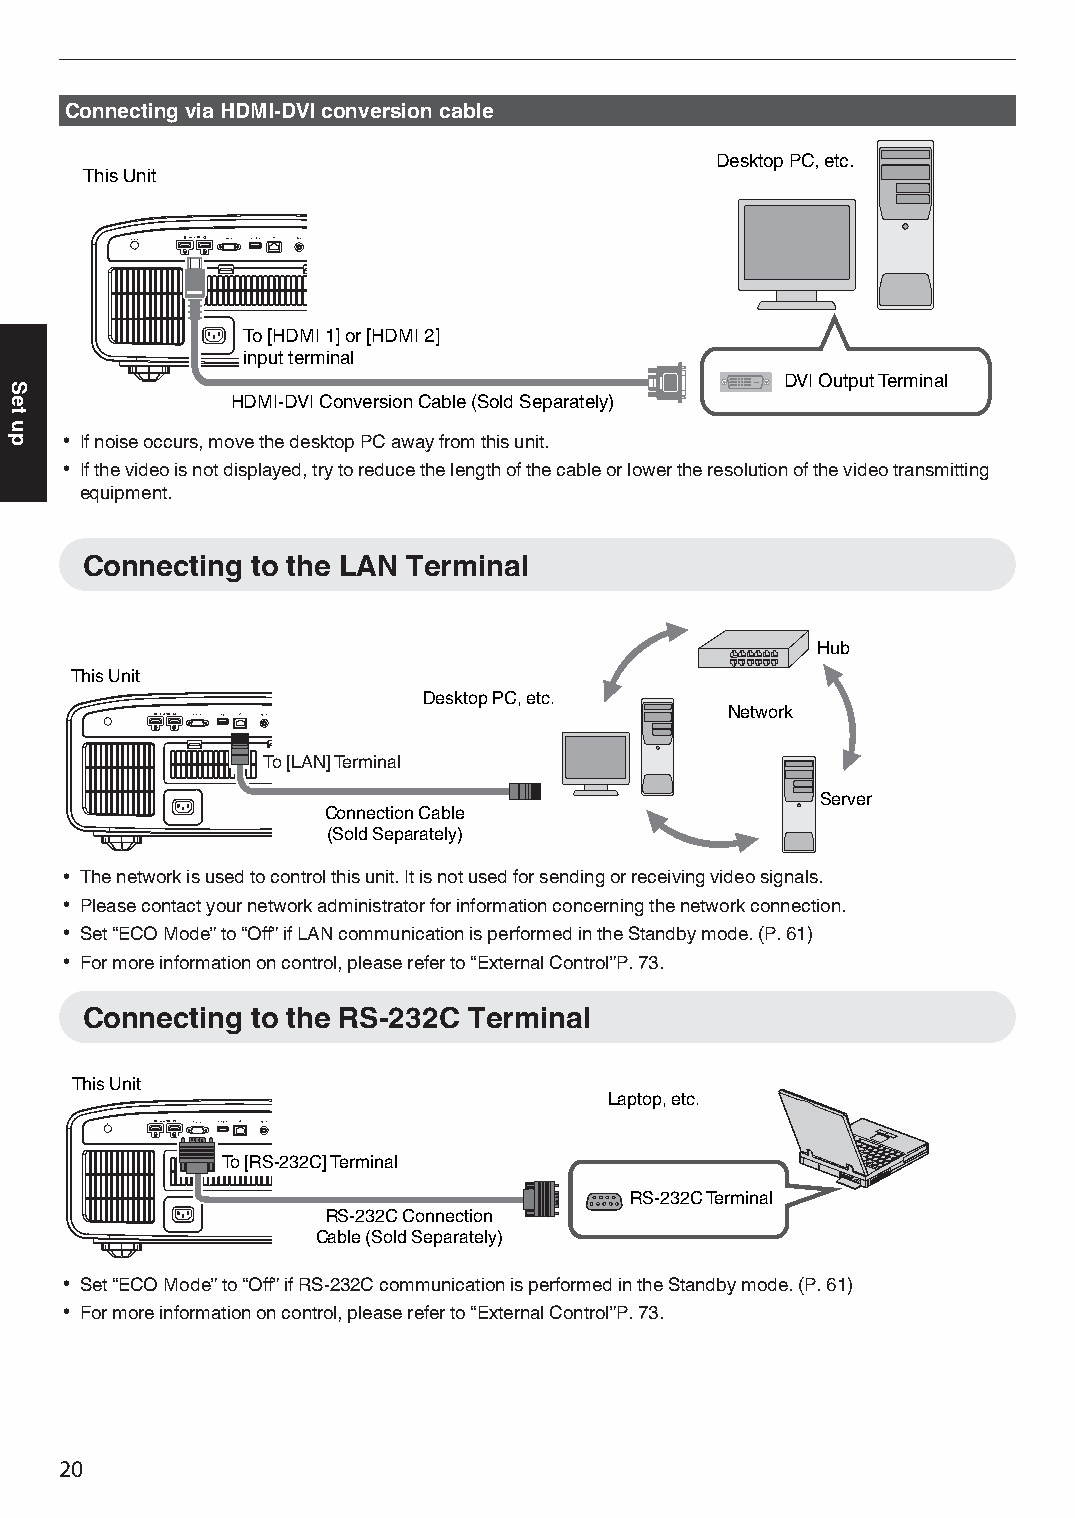
Connecting via HDMI-DVI conversion cable
 Desktop PC, etc.
 This Unit
 To [HDMI 1] or [HDMI 2]
 input terminal
 DVI O utput Terminal
 HDMI-DVI Conversion Cable (Sold Separately)
 0 If noise occurs, move the desktop PC away from this unit.
 0 If the video is not displayed, try to reduce the length of the cable or lower the resolution of the video transmitting
 equipment.
 Connecting  to the LAN Terminal
 Hub
 This Unit
 Desktop PC, etc.
 Network
 To [LAN] Terminal
 Server
 Connection Cable
 (Sold Separately)
 0 The network is used to control this unit. It is not used for sending or receiving video signals.
 0 Please contact your network administrator for information concerning the network connection.
 0 Set “ECO Mode” to “Off” if LAN communication is performed in the Standby mode. (P. 61)
 0 For more information on control, please refer to “External Control”P. 73.
 Connecting  to the RS-232C Terminal
 This Unit
 Laptop, etc.
 To [RS-232C] Terminal
 RS-232C Terminal
 RS-232C Connection
 Cable (Sold Separately)
 0 Set “ECO Mode” to “Off” if RS-232C communication is performed in the Standby mode. (P. 61)
 0 For more information on control, please refer to “External Control”P. 73.
 20
 Set
 up